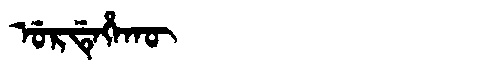
Manchu: ᡠᡵᡩᡝᡥᠠᡴᡡ
Romanization: URDEHAKŪ